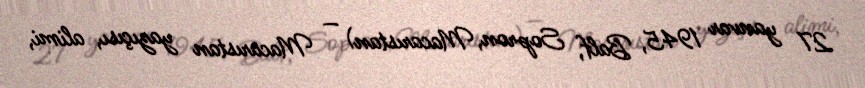
27 yanvar 1945, Balf, Sopron, Macarıstan) — Macarıstan yazıçısı, alimi,